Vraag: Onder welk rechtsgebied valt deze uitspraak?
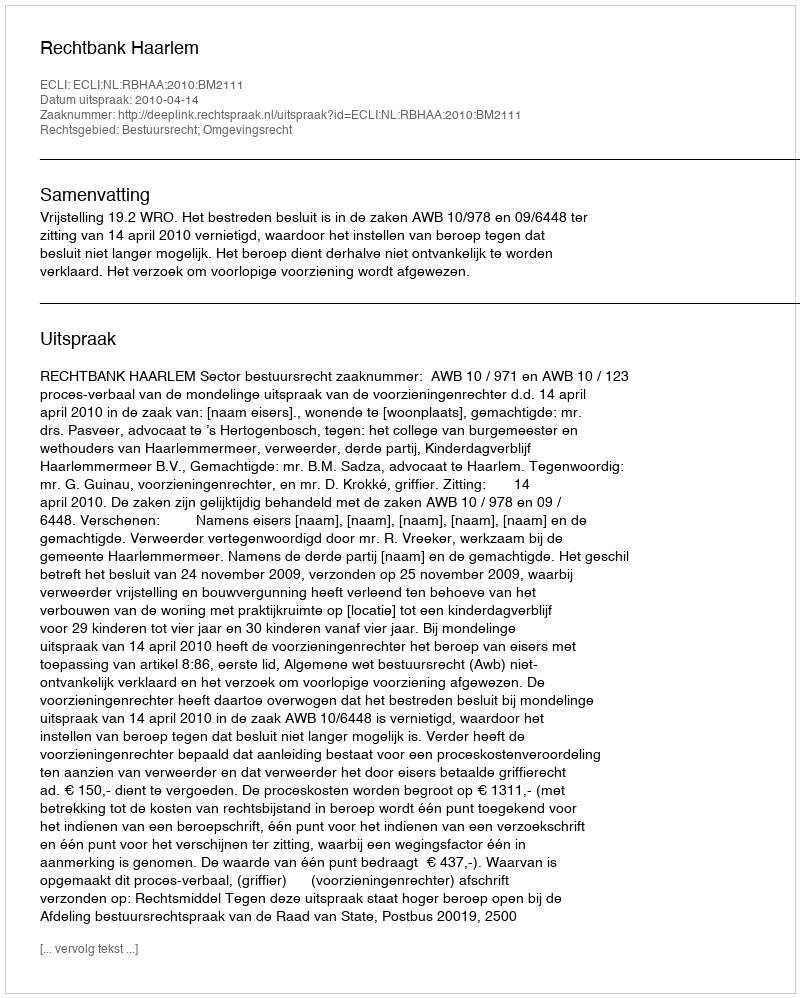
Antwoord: Bestuursrecht; Omgevingsrecht